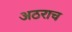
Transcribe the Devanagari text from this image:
अठराच